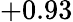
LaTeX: +0.93